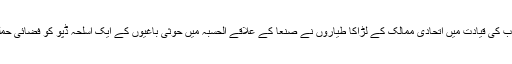
درایں اثناء سعودی عرب کی قیادت میں اتحادی ممالک کے لڑاکا طیاروں نے صنعا کے علاقے الحسبہ میں حوثی باغیوں کے ایک اسلحہ ڈپو کو فضائی حملے میں نشانہ بنایا ہے۔